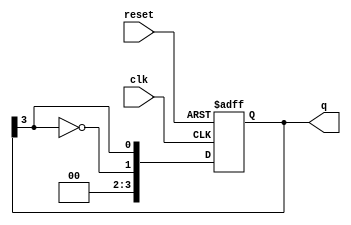
module johnson_counter #(parameter N = 4) (
    input wire clk,              // Clock input
    input wire reset,            // Asynchronous reset
    output reg [N-1:0] q         // Counter output
);

    // Sequential logic for Johnson counter
    always @(posedge clk or posedge reset) begin
        if (reset) begin
            q <= 0; // Initialize the counter to 0 on reset
        end else begin
            // Johnson counter logic
            q <= {~q[N-1], q[N-1:N-1]}; // Shift and feedback inverted last bit
        end
    end

endmodule